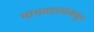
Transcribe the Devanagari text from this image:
माधवरावांकडून